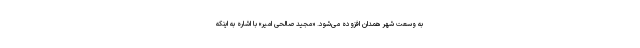
به وسعت شهر همدان افزوده می‌شود. «مجید صالحی امیر» با اشاره به اینکه